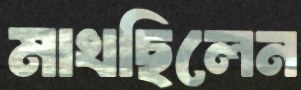
মাখছিলেন